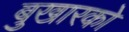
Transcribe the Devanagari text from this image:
बुखारको